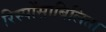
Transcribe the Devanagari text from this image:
रिस्पोंसाबिलिता